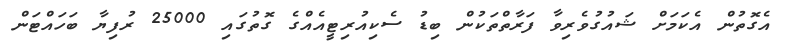
އެގޮތުން އެކަމަށް ޝައުގުވެރިވާ ފަރާތްތަކުން ބިޑު ސެކިއުރިޓީއެއްގެ ގޮތުގައި 25000 ރުފިޔާ ބަހައްޓަން